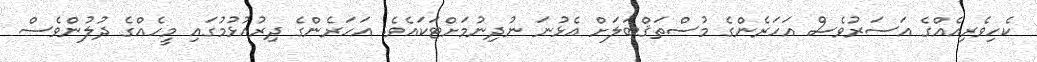
ކެހިވެރިއެއްގެ އަސަރުވެސް އަހަރެންގެ މުސްތަޤްބަލަށް އެޅުނަ ނުދިނުމަށްޓަކައެވެ. އަހަރެންގެ ދިރުއުޅުމުގައި މީހެއްގެ ދުލުންވެސް